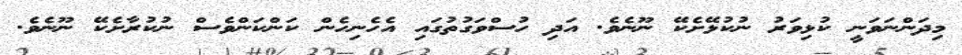
މިދަންނަވަނީ ކުޅިވަރު ނުކުޅޭށެކޭ ނޫނެވެ. އަދި ހުސްވަގުތުގައި އެހެނިހެން ކަންކަންވެސް ނުކުރާށެކޭ ނޫނެވެ.